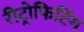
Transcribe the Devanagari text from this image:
रीट्रोफिटिंग